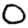
Digit: 0